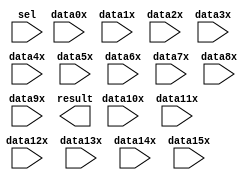
// megafunction wizard: %LPM_MUX%VBB%
// GENERATION: STANDARD
// VERSION: WM1.0
// MODULE: lpm_mux 

// ============================================================
// Megafunction Name(s):
// 			lpm_mux
//
// Simulation Library Files(s):
// 			lpm
// ============================================================
// ************************************************************
// THIS IS A WIZARD-GENERATED FILE. DO NOT EDIT THIS FILE!
//
// 9.0 Build 132 02/25/2009 SJ Web Edition
// ************************************************************

//Copyright (C) 1991-2009 Altera Corporation
//Your use of Altera Corporation's design tools, logic functions 
//and other software and tools, and its AMPP partner logic 
//functions, and any output files from any of the foregoing 
//(including device programming or simulation files), and any 
//associated documentation or information are expressly subject 
//to the terms and conditions of the Altera Program License 
//Subscription Agreement, Altera MegaCore Function License 
//Agreement, or other applicable license agreement, including, 
//without limitation, that your use is for the sole purpose of 
//programming logic devices manufactured by Altera and sold by 
//Altera or its authorized distributors.  Please refer to the 
//applicable agreement for further details.

module Mux_16x32bit (
	data0x,
	data10x,
	data11x,
	data12x,
	data13x,
	data14x,
	data15x,
	data1x,
	data2x,
	data3x,
	data4x,
	data5x,
	data6x,
	data7x,
	data8x,
	data9x,
	sel,
	result);

	input	[31:0]  data0x;
	input	[31:0]  data10x;
	input	[31:0]  data11x;
	input	[31:0]  data12x;
	input	[31:0]  data13x;
	input	[31:0]  data14x;
	input	[31:0]  data15x;
	input	[31:0]  data1x;
	input	[31:0]  data2x;
	input	[31:0]  data3x;
	input	[31:0]  data4x;
	input	[31:0]  data5x;
	input	[31:0]  data6x;
	input	[31:0]  data7x;
	input	[31:0]  data8x;
	input	[31:0]  data9x;
	input	[3:0]  sel;
	output	[31:0]  result;

endmodule

// ============================================================
// CNX file retrieval info
// ============================================================
// Retrieval info: PRIVATE: INTENDED_DEVICE_FAMILY STRING "Stratix II"
// Retrieval info: PRIVATE: SYNTH_WRAPPER_GEN_POSTFIX STRING "0"
// Retrieval info: CONSTANT: LPM_SIZE NUMERIC "16"
// Retrieval info: CONSTANT: LPM_TYPE STRING "LPM_MUX"
// Retrieval info: CONSTANT: LPM_WIDTH NUMERIC "32"
// Retrieval info: CONSTANT: LPM_WIDTHS NUMERIC "4"
// Retrieval info: USED_PORT: data0x 0 0 32 0 INPUT NODEFVAL data0x[31..0]
// Retrieval info: USED_PORT: data10x 0 0 32 0 INPUT NODEFVAL data10x[31..0]
// Retrieval info: USED_PORT: data11x 0 0 32 0 INPUT NODEFVAL data11x[31..0]
// Retrieval info: USED_PORT: data12x 0 0 32 0 INPUT NODEFVAL data12x[31..0]
// Retrieval info: USED_PORT: data13x 0 0 32 0 INPUT NODEFVAL data13x[31..0]
// Retrieval info: USED_PORT: data14x 0 0 32 0 INPUT NODEFVAL data14x[31..0]
// Retrieval info: USED_PORT: data15x 0 0 32 0 INPUT NODEFVAL data15x[31..0]
// Retrieval info: USED_PORT: data1x 0 0 32 0 INPUT NODEFVAL data1x[31..0]
// Retrieval info: USED_PORT: data2x 0 0 32 0 INPUT NODEFVAL data2x[31..0]
// Retrieval info: USED_PORT: data3x 0 0 32 0 INPUT NODEFVAL data3x[31..0]
// Retrieval info: USED_PORT: data4x 0 0 32 0 INPUT NODEFVAL data4x[31..0]
// Retrieval info: USED_PORT: data5x 0 0 32 0 INPUT NODEFVAL data5x[31..0]
// Retrieval info: USED_PORT: data6x 0 0 32 0 INPUT NODEFVAL data6x[31..0]
// Retrieval info: USED_PORT: data7x 0 0 32 0 INPUT NODEFVAL data7x[31..0]
// Retrieval info: USED_PORT: data8x 0 0 32 0 INPUT NODEFVAL data8x[31..0]
// Retrieval info: USED_PORT: data9x 0 0 32 0 INPUT NODEFVAL data9x[31..0]
// Retrieval info: USED_PORT: result 0 0 32 0 OUTPUT NODEFVAL result[31..0]
// Retrieval info: USED_PORT: sel 0 0 4 0 INPUT NODEFVAL sel[3..0]
// Retrieval info: CONNECT: result 0 0 32 0 @result 0 0 32 0
// Retrieval info: CONNECT: @data 0 0 32 480 data15x 0 0 32 0
// Retrieval info: CONNECT: @data 0 0 32 448 data14x 0 0 32 0
// Retrieval info: CONNECT: @data 0 0 32 416 data13x 0 0 32 0
// Retrieval info: CONNECT: @data 0 0 32 384 data12x 0 0 32 0
// Retrieval info: CONNECT: @data 0 0 32 352 data11x 0 0 32 0
// Retrieval info: CONNECT: @data 0 0 32 320 data10x 0 0 32 0
// Retrieval info: CONNECT: @data 0 0 32 288 data9x 0 0 32 0
// Retrieval info: CONNECT: @data 0 0 32 256 data8x 0 0 32 0
// Retrieval info: CONNECT: @data 0 0 32 224 data7x 0 0 32 0
// Retrieval info: CONNECT: @data 0 0 32 192 data6x 0 0 32 0
// Retrieval info: CONNECT: @data 0 0 32 160 data5x 0 0 32 0
// Retrieval info: CONNECT: @data 0 0 32 128 data4x 0 0 32 0
// Retrieval info: CONNECT: @data 0 0 32 96 data3x 0 0 32 0
// Retrieval info: CONNECT: @data 0 0 32 64 data2x 0 0 32 0
// Retrieval info: CONNECT: @data 0 0 32 32 data1x 0 0 32 0
// Retrieval info: CONNECT: @data 0 0 32 0 data0x 0 0 32 0
// Retrieval info: CONNECT: @sel 0 0 4 0 sel 0 0 4 0
// Retrieval info: LIBRARY: lpm lpm.lpm_components.all
// Retrieval info: GEN_FILE: TYPE_NORMAL Mux_16x32bit.v TRUE
// Retrieval info: GEN_FILE: TYPE_NORMAL Mux_16x32bit.inc FALSE
// Retrieval info: GEN_FILE: TYPE_NORMAL Mux_16x32bit.cmp TRUE
// Retrieval info: GEN_FILE: TYPE_NORMAL Mux_16x32bit.bsf TRUE FALSE
// Retrieval info: GEN_FILE: TYPE_NORMAL Mux_16x32bit_inst.v FALSE
// Retrieval info: GEN_FILE: TYPE_NORMAL Mux_16x32bit_bb.v TRUE
// Retrieval info: LIB_FILE: lpm